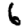
Digit: 6